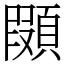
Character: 䫗